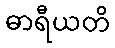
ဓာရီယတိ